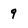
Character: 9